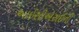
આઈસીએસઈની